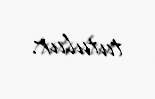
tutulur.